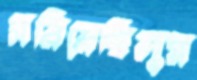
সরিয়েছিলুম